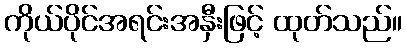
ကိုယ်ပိုင်အရင်းအနှီးဖြင့် ထုတ်သည်။